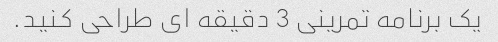
یک برنامه تمرینی 3 دقیقه ای طراحی کنید.